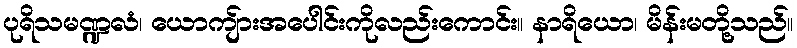
ပုရိသမဏ္ဍလံ၊ ယောကျ်ားအပေါင်းကိုလည်းကောင်း။ နာရိယော၊ မိန်းမတို့သည်။